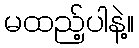
မထည့်ပါနဲ့။